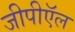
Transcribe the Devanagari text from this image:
जीपीऍल